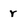
Character: r